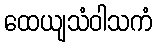
ထေယျသံဝါသကံ